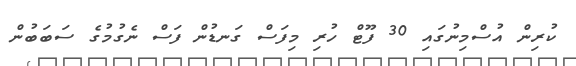
ކުރިން އުސްމިނުގައި 30 ފޫޓް ހުރި މިފަސް ގަނޑުން ފަސް ނެގުމުގެ ސަބަބުން